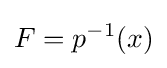
F=p^{-1}(x)